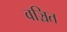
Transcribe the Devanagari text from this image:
वञ्चित